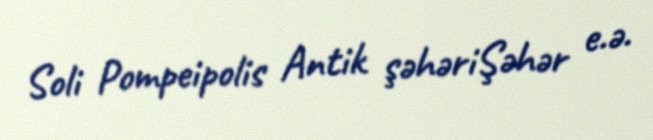
Soli Pompeipolis Antik şəhəriŞəhər e.ə.